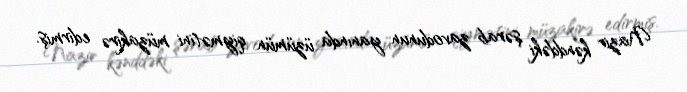
Nazir kənddəki şərab zavodunun yanında üzümün qiymətini müzakirə edirmiş.